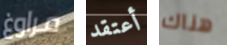
مراوغ أعتقد هناك